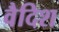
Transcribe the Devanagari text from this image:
वैदिश